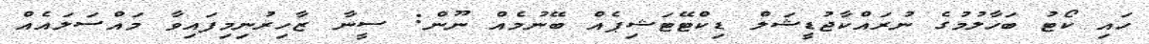
ހައި ކޯޓު ބަހާލުމުގެ ނުރައްކާޖުޑީޝަލް ޑިކްޓޭޓަޝިޕެއް ބޭނުމެއް ނޫން: ސީނާ ޒާހިރުނިމިފައިވާ މައްސަލައެއް